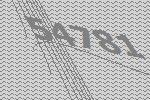
54781